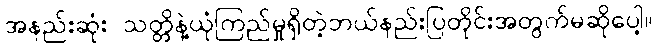
အနည်းဆုံး သတ္တိနဲ့ယုံကြည်မှုရှိတဲ့ဘယ်နည်းပြတိုင်းအတွက်မဆိုပေါ့။